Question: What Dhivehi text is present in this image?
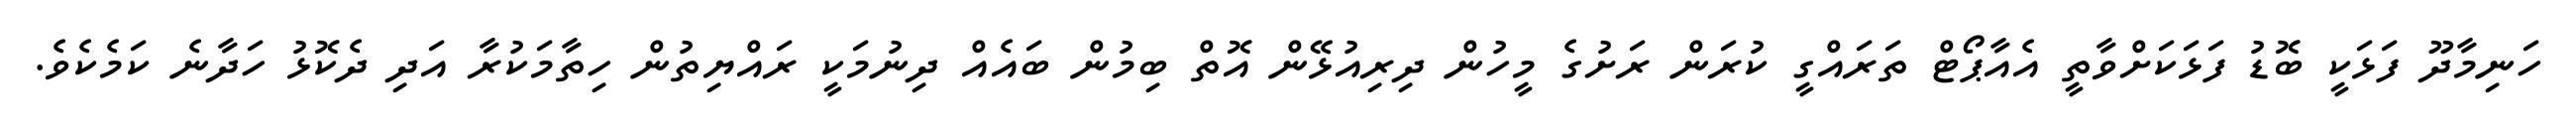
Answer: ހަނިމާދޫ ފަޅަކީ ބޮޑު ފަޅަކަށްވާތީ އެއާޕޯޓް ތަރައްގީ ކުރަން ރަށުގެ މީހުން ދިރިއުޅޭން އޮތް ބިމުން ބައެއް ދިނުމަކީ ރައްޔިތުން ހިތާމަކުރާ އަދި ދެކޮޅު ހަދާނެ ކަމެކެވެ.